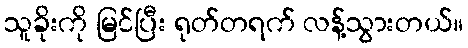
သူခိုးကို မြင်ပြီး ရုတ်တရက် လန့်သွားတယ်။